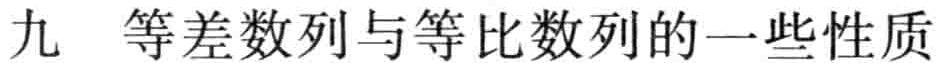
九 等差数列与等比数列的一些性质